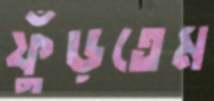
ফুঁড়তেম